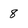
Character: 8